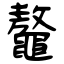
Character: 鼇